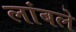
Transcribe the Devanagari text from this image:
लांबले